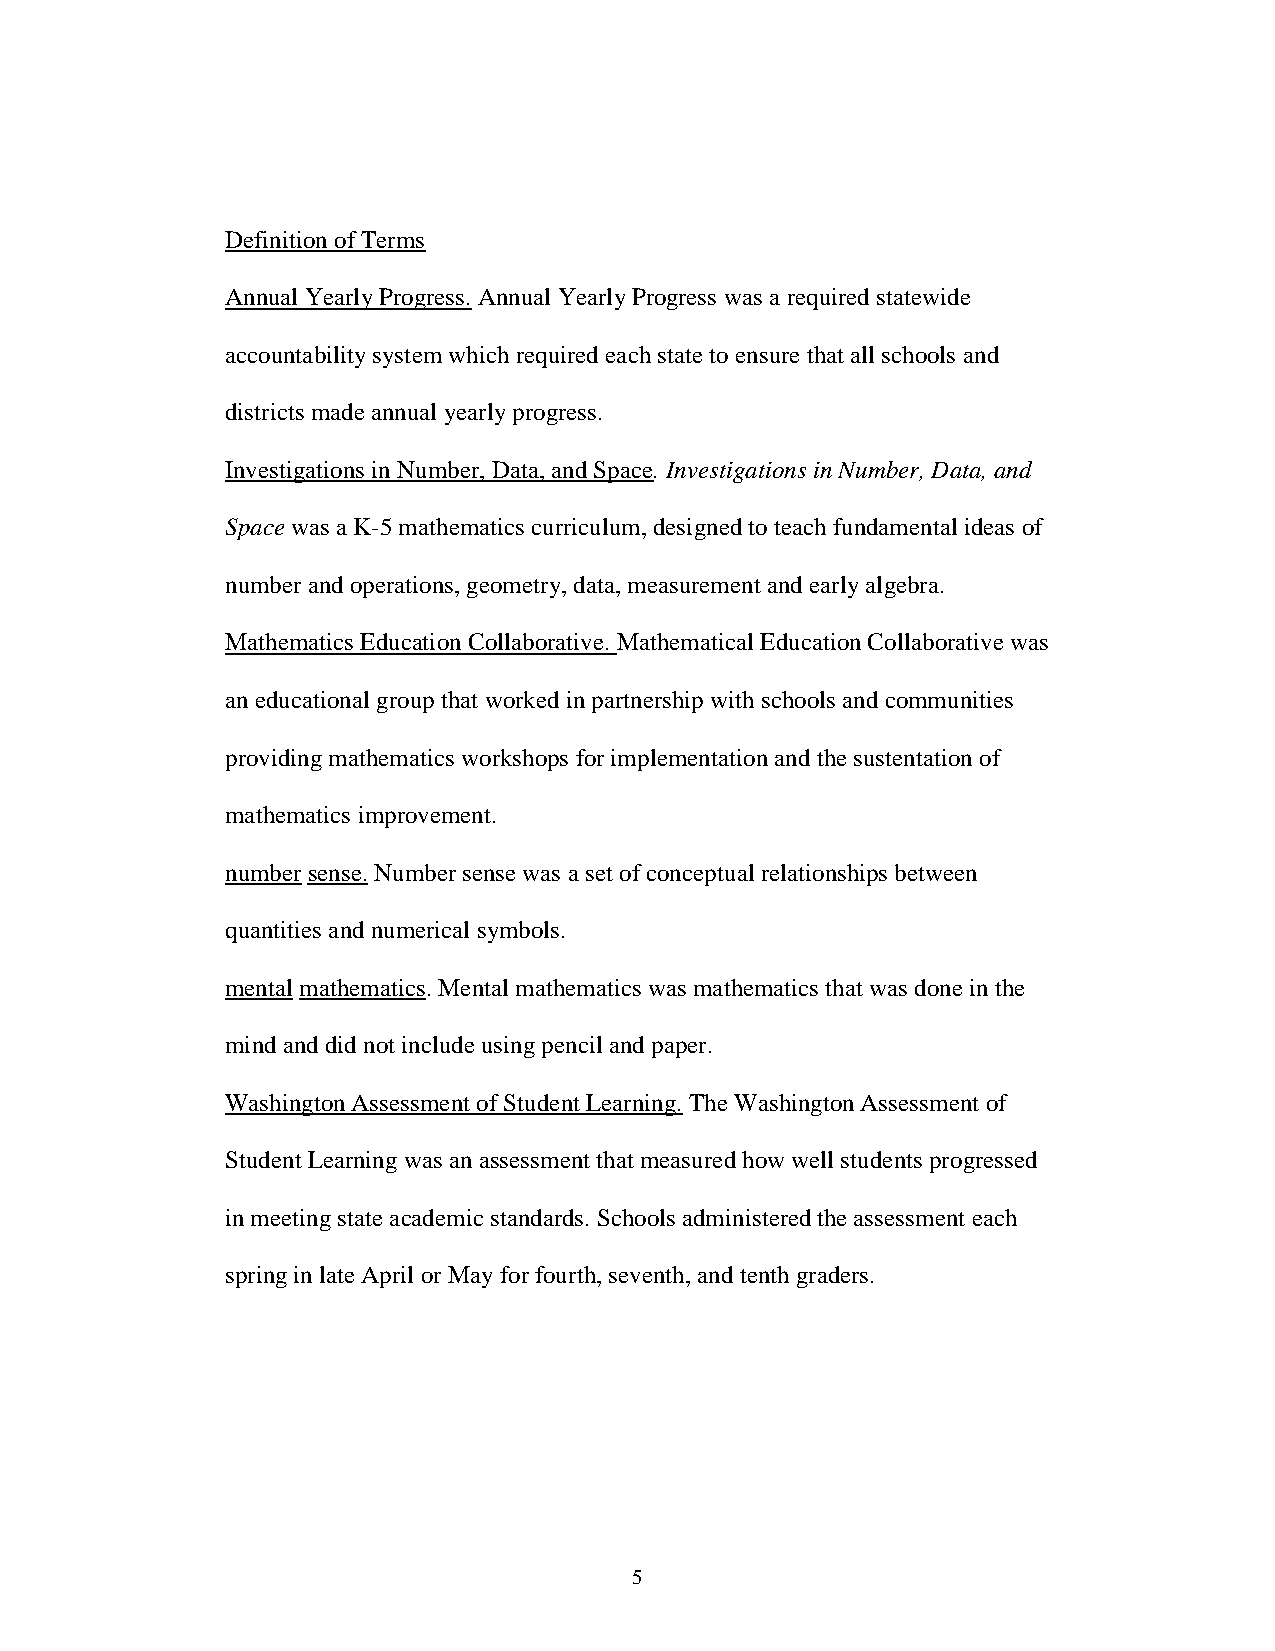
Definition of Terms
 Annual Yearly Progress. Annual Yearly Progress was a required statewide
 accountability system which required each state to ensure that all schools and
 districts made annual yearly progress.
 Investigations in Number, Data, and Space. Investigations in Number, Data, and
 Space was a K-5 mathematics curriculum, designed to teach fundamental ideas of
 number and operations, geometry, data, measurement and early algebra.
 Mathematics Education Collaborative. Mathematical Education Collaborative was
 an educational group that worked in partnership with schools and communities
 providing mathematics workshops for implementation and the sustentation of
 mathematics improvement.
 number sense. Number sense was a set of conceptual relationships between
 quantities and numerical symbols.
 mental mathematics. Mental mathematics was mathematics that was done in the
 mind and did not include using pencil and paper.
 Washington Assessment of Student Learning. The Washington Assessment of
 Student Learning was an assessment that measured how well students progressed
 in meeting state academic standards. Schools administered the assessment each
 spring in late April or May for fourth, seventh, and tenth graders.
 5